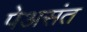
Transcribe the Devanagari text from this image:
पेअसंत